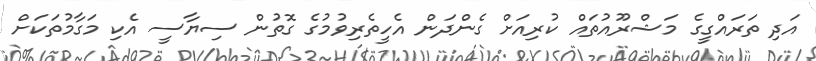
އަދި ތަރައްގީގެ މަޝްރޫއުތައް ކުރިއަށް ގެންދަން އެހީތެރިވުމުގެ ގޮތުން ސިޔާސީ އެކި މަގާމުތަކަށް